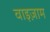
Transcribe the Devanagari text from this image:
वाइज़ाम